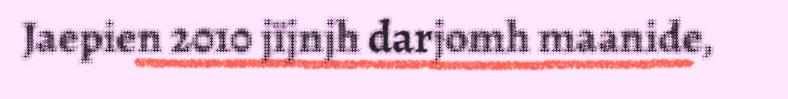
Jaepien 2010 jïjnjh darjomh maanide,